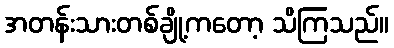
အတန်းသားတစ်ချို့ကတော့ သိကြသည်။